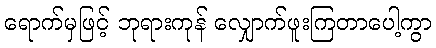
ရောက်မှဖြင့် ဘုရားကုန် လျှောက်ဖူးကြတာပေါ့ကွာ